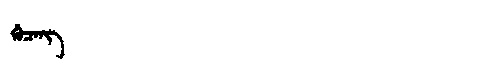
Manchu: ᡤᡠᠴᡝᠩ
Romanization: GUCENG